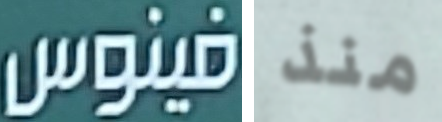
فينوس منذ